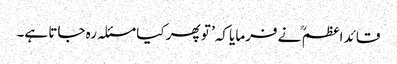
قائد اعظم ؒ نے فرمایا کہ’ تو پھر کیا مسئلہ رہ جاتا ہے۔